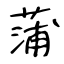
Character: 蒲